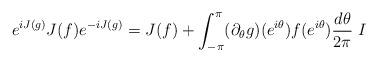
LaTeX: \begin{align*}e^{iJ(g)} J(f) e^{-iJ(g)} = J(f) + \int_{-\pi}^{\pi}(\partial_\theta g)(e^{i\theta})f(e^{i\theta})\frac{d\theta}{2\pi}\; I \end{align*}